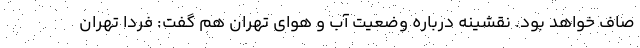
صاف خواهد بود. نقشینه درباره وضعیت آب و هوای تهران هم گفت: فردا تهران